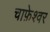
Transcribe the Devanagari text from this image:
चाफ़ेश्वर